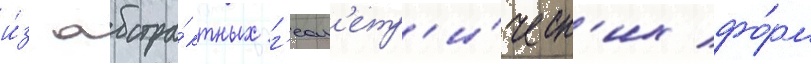
и́з абстра́ктных г'еом'етр'и́ческ'их фо́рм